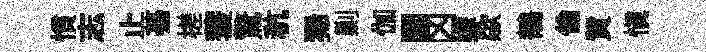
慣志止驀槎蓑驚秔狶剿伽圜凶嫁歘鶺倫貲愼